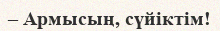
– Армысың, сүйіктім!